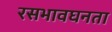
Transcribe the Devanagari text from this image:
रसभावघनता